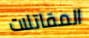
المقاتلات